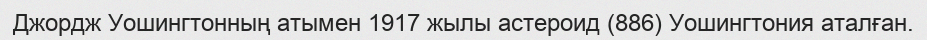
Джордж Уошингтонның атымен 1917 жылы астероид (886) Уошингтония аталған.